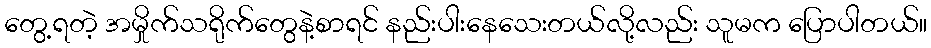
တွေ့ရတဲ့ အမှိုက်သရိုက်တွေနဲ့စာရင် နည်းပါးနေသေးတယ်လို့လည်း သူမက ပြောပါတယ်။